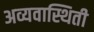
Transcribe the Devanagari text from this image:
अव्यवास्थिती